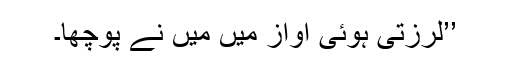
’’لرزتی ہوئی آواز میں میں نے پوچھا۔